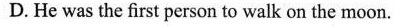
D. He was the first person to walk onthe moon.